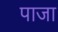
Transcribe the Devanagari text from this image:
पाजा